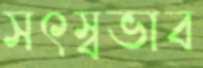
সৎস্বভাব